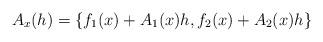
LaTeX: \begin{align*}A_x(h) = \{f_1(x) + A_1(x)h,f_2(x) + A_2(x)h\}\end{align*}